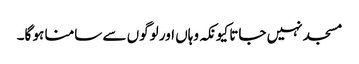
مسجد نہیں جاتا کیونکہ وہاں اور لوگوں سے سامنا ہو گا۔